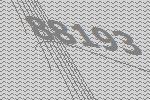
88193